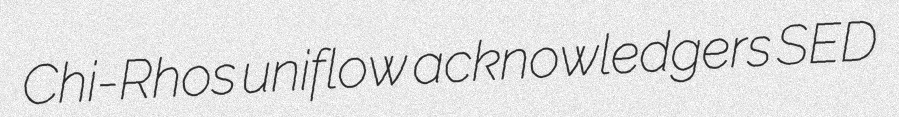
Chi-Rhos uniflow acknowledgers SED